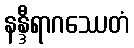
နန္ဒီရာဂဿေတံ